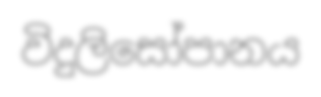
විදුලිසෝපානය